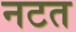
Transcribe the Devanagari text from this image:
नटत